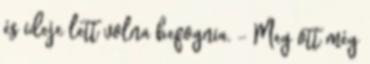
és ideje lett volna befognia. - Meg ott még